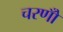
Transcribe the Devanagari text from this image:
चरणोँ